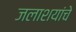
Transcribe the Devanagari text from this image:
जलाशयांचे